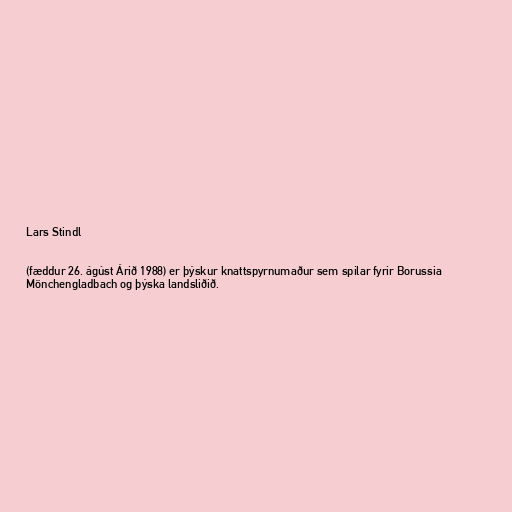
Lars Stindl

(fæddur 26. ágúst Árið 1988) er þýskur knattspyrnumaður sem spilar fyrir Borussia
Mönchengladbach og þýska landsliðið.